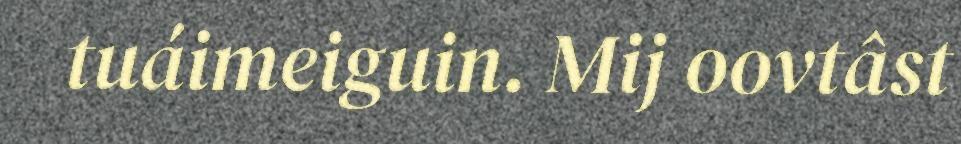
tuáimeiguin. Mij oovtâst